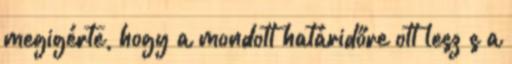
megigérte, hogy a mondott határidőre ott lesz s a